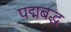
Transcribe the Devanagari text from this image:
पद्मबद्ध